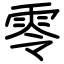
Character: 零